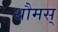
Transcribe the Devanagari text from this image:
थौमस्